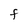
Character: F